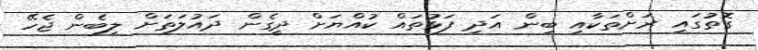
ގޮތުގައި ރަށްތަކާއި ބިން އަދި ފަޅުތައް ކުއްޔަށް ދީގެން ދައުލަތަށް ލިބެން ޖެހޭ